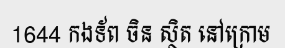
1644 កងទ័ព ចិន ស្ថិត នៅក្រោម